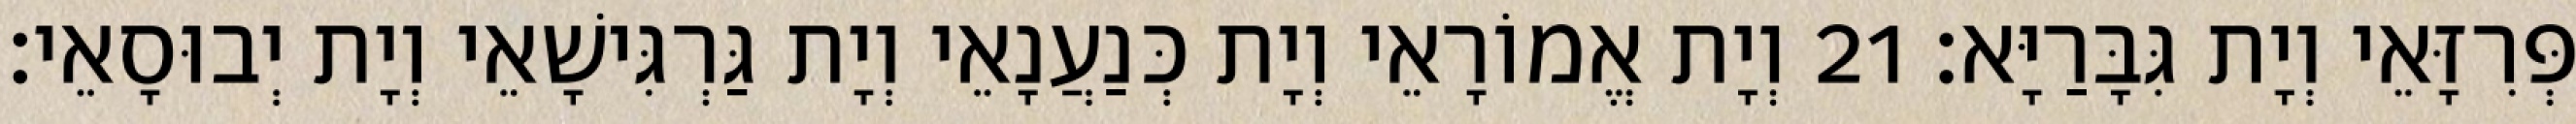
פְּרִזָּאֵי וְיָת גִּבָּרַיָּא׃ 21 וְיָת אֱמוֹרָאֵי וְיָת כְּנַעֲנָאֵי וְיָת גַּרְגִּישָׁאֵי וְיָת יְבוּסָאֵי׃